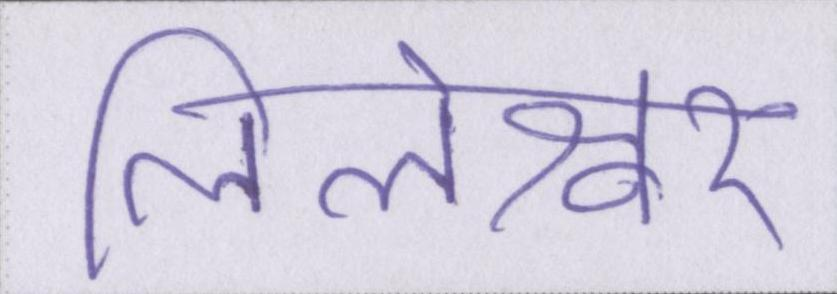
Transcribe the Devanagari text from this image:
लिलेश्वर